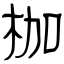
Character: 枷